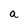
Character: a